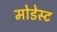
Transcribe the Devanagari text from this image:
मोडेस्ट